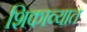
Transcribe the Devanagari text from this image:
शिकाव्यात